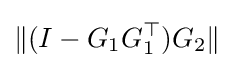
\|(I-G_{1}G_{1}^{\top })G_{2}\|